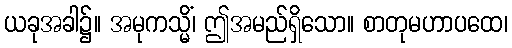
ယခုအခါ၌။ အမုကသ္မိံ၊ ဤအမည်ရှိသော။ စာတုမဟာပထေ၊